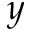
y